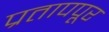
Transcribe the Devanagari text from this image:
प्रतापपूर